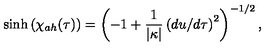
\sinh { ( \chi _ { a h } ( \tau ) ) } = \left( - 1 + { \frac { 1 } { \vert \kappa \vert } } \left( d u / d \tau \right) ^ { 2 } \right) ^ { - 1 / 2 } ,